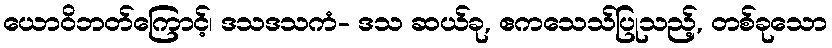
ယောဝိဘတ်ကြောင့်၊ ဒသဒသကံ- ဒသ ဆယ်ခု, ဧကသေသ်ပြုသည့်, တစ်ခုသော